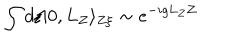
\int d \xi | 0 , L _ { Z } \rangle _ { Z \xi } \sim e ^ { - i g L _ { Z } Z }